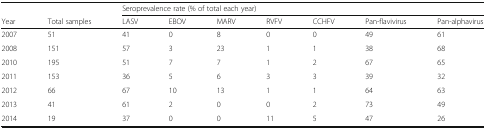
|  |  | <COLSPAN=7> Seroprevalence rate (% of total each year) |
 | Year | Total samples | LASV | EBOV | MARV | RVFV | CCHFV | Pan-flavivirus | Pan-alphavirus |
 | --- | --- | --- | --- | --- | --- | --- | --- | --- |
 | 2007 | 51 | 41 | 0 | 8 | 0 | 0 | 49 | 61 |
 | 2008 | 151 | 57 | 3 | 23 | 1 | 1 | 38 | 68 |
 | 2010 | 195 | 51 | 7 | 7 | 1 | 2 | 67 | 65 |
 | 2011 | 153 | 36 | 5 | 6 | 3 | 3 | 39 | 32 |
 | 2012 | 66 | 67 | 10 | 13 | 1 | 1 | 64 | 63 |
 | 2013 | 41 | 61 | 2 | 0 | 0 | 2 | 73 | 49 |
 | 2014 | 19 | 37 | 0 | 0 | 11 | 5 | 47 | 26 |